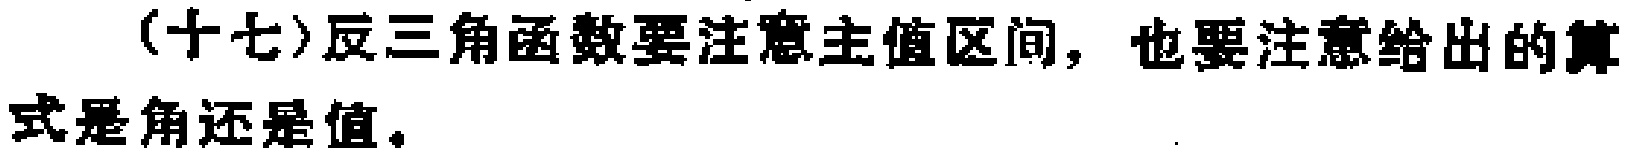
(十七)反三角函数要注意主值区间，也要注意给出的算式是角还是值。